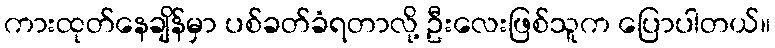
ကားထုတ်နေချိန်မှာ ပစ်ခတ်ခံရတာလို့ ဦးလေးဖြစ်သူက ပြောပါတယ်။